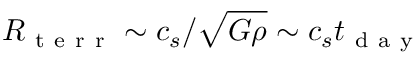
R _ { \mathrm { ~ t ~ e ~ r ~ r ~ } } \sim c _ { s } / \sqrt { G \rho } \sim c _ { s } t _ { \mathrm { ~ d ~ a ~ y ~ } }